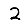
Digit: 2